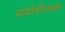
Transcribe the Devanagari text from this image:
गंगोत्रीजवळ